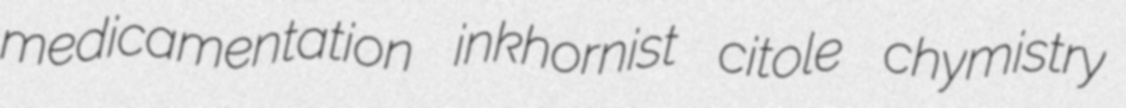
medicamentation inkhornist citole chymistry